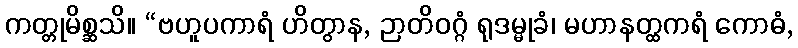
ကတ္တုမိစ္ဆသိ။ “ဗဟူပကာရံ ဟိတွာန, ဉာတိဝဂ္ဂံ ရုဒမ္မုခံ၊ မဟာနတ္ထကရံ ကောဓံ,